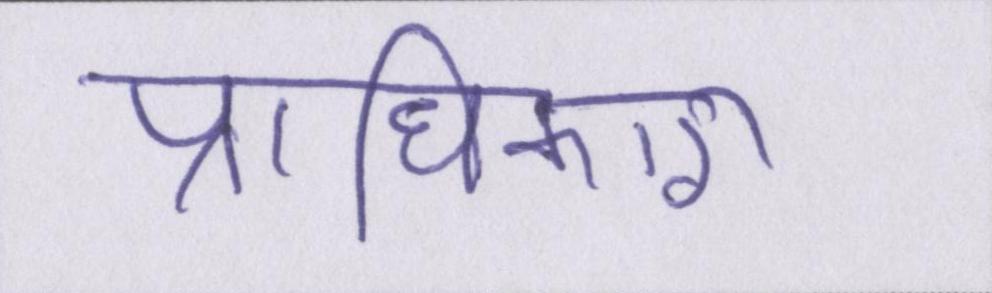
प्राधिकारी